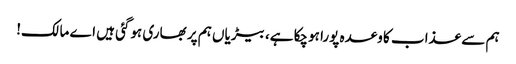
ہم سے عذاب کا وعدہ پورا ہوچکا ہے، بیڑیاں ہم پر بھاری ہوگئی ہیں اے مالک!